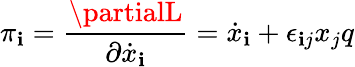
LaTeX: \pi_{\mathbf{i}}=\frac{{\partialL}}{{\partial\dot{{x}}_{\mathbf{i}}}}=\dot{{x}}_{\mathbf{i}}+\epsilon_{\mathbf{i}j}x_{j}q